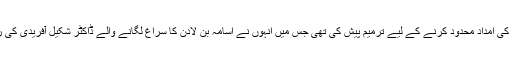
اس سے قبل 2012 میں رینڈ پال نے پاکستان کی امداد محدود کرنے کے لیے ترمیم پیش کی تھی جس میں انہوں نے اسامہ بن لادن کا سراغ لگانے والے ڈاکٹر شکیل آفریدی کی رہائی تک امداد روکنے کا بھی مطالبہ کیا تھا۔